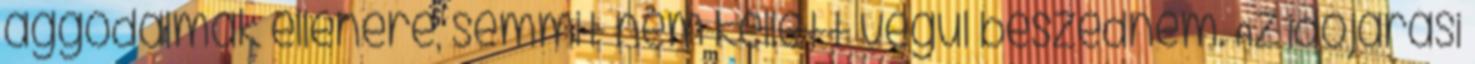
aggodalmak ellenére, semmit nem kellett végül beszednem. Az időjárási